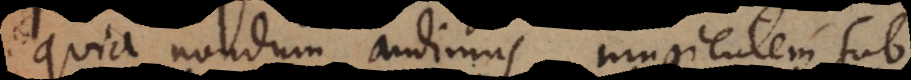
quia nondum audimus mugientem sub